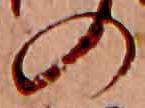
の